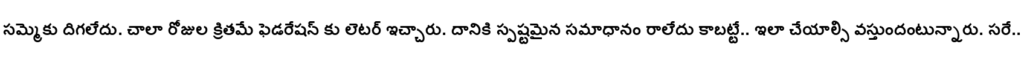
సమ్మెకు దిగలేదు. చాలా రోజుల క్రితమే ఫెడరేషన్ కు లెటర్ ఇచ్చారు. దానికి స్పష్టమైన సమాధానం రాలేదు కాబట్టే.. ఇలా చేయాల్సి వస్తుందంటున్నారు. సరే..